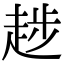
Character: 𧼝